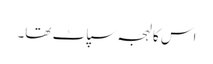
اس کا لہجہ سپاٹ تھا۔